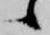
候